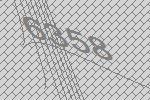
6358